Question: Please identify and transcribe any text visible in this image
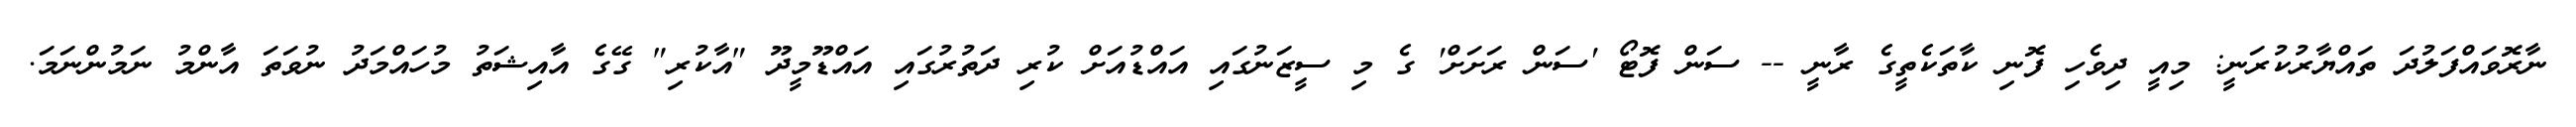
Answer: ނާރޮވައްފަލުދަ ތައްޔާރުކުރަނީ: މިއީ ދިވެހި ފޮނި ކާތަކެތީގެ ރާނީ -- ސަން ފޮޓޯ 'ސަން ރަށަށް' ގެ މި ސީޒަނުގައި އައްޑުއަށް ކުރި ދަތުރުގައި އައްޑޫމީދޫ "އާކުރި" ގޭގެ އާއިޝަތު މުހައްމަދު ނުވަތަ އާންމު ނަމުންނަމަ.